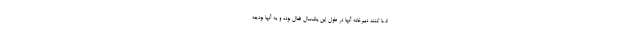
ادعا کنند دبیرخانه آنها در طول این یک‌سال فعال بوده و به آنها بودجه